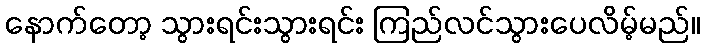
နောက်တော့ သွားရင်းသွားရင်း ကြည်လင်သွားပေလိမ့်မည်။